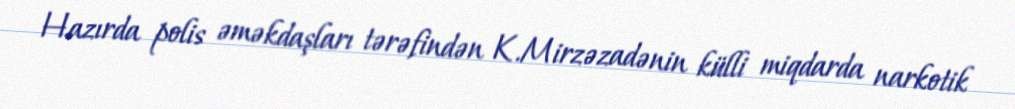
Hazırda polis əməkdaşları tərəfindən K.Mirzəzadənin külli miqdarda narkotik